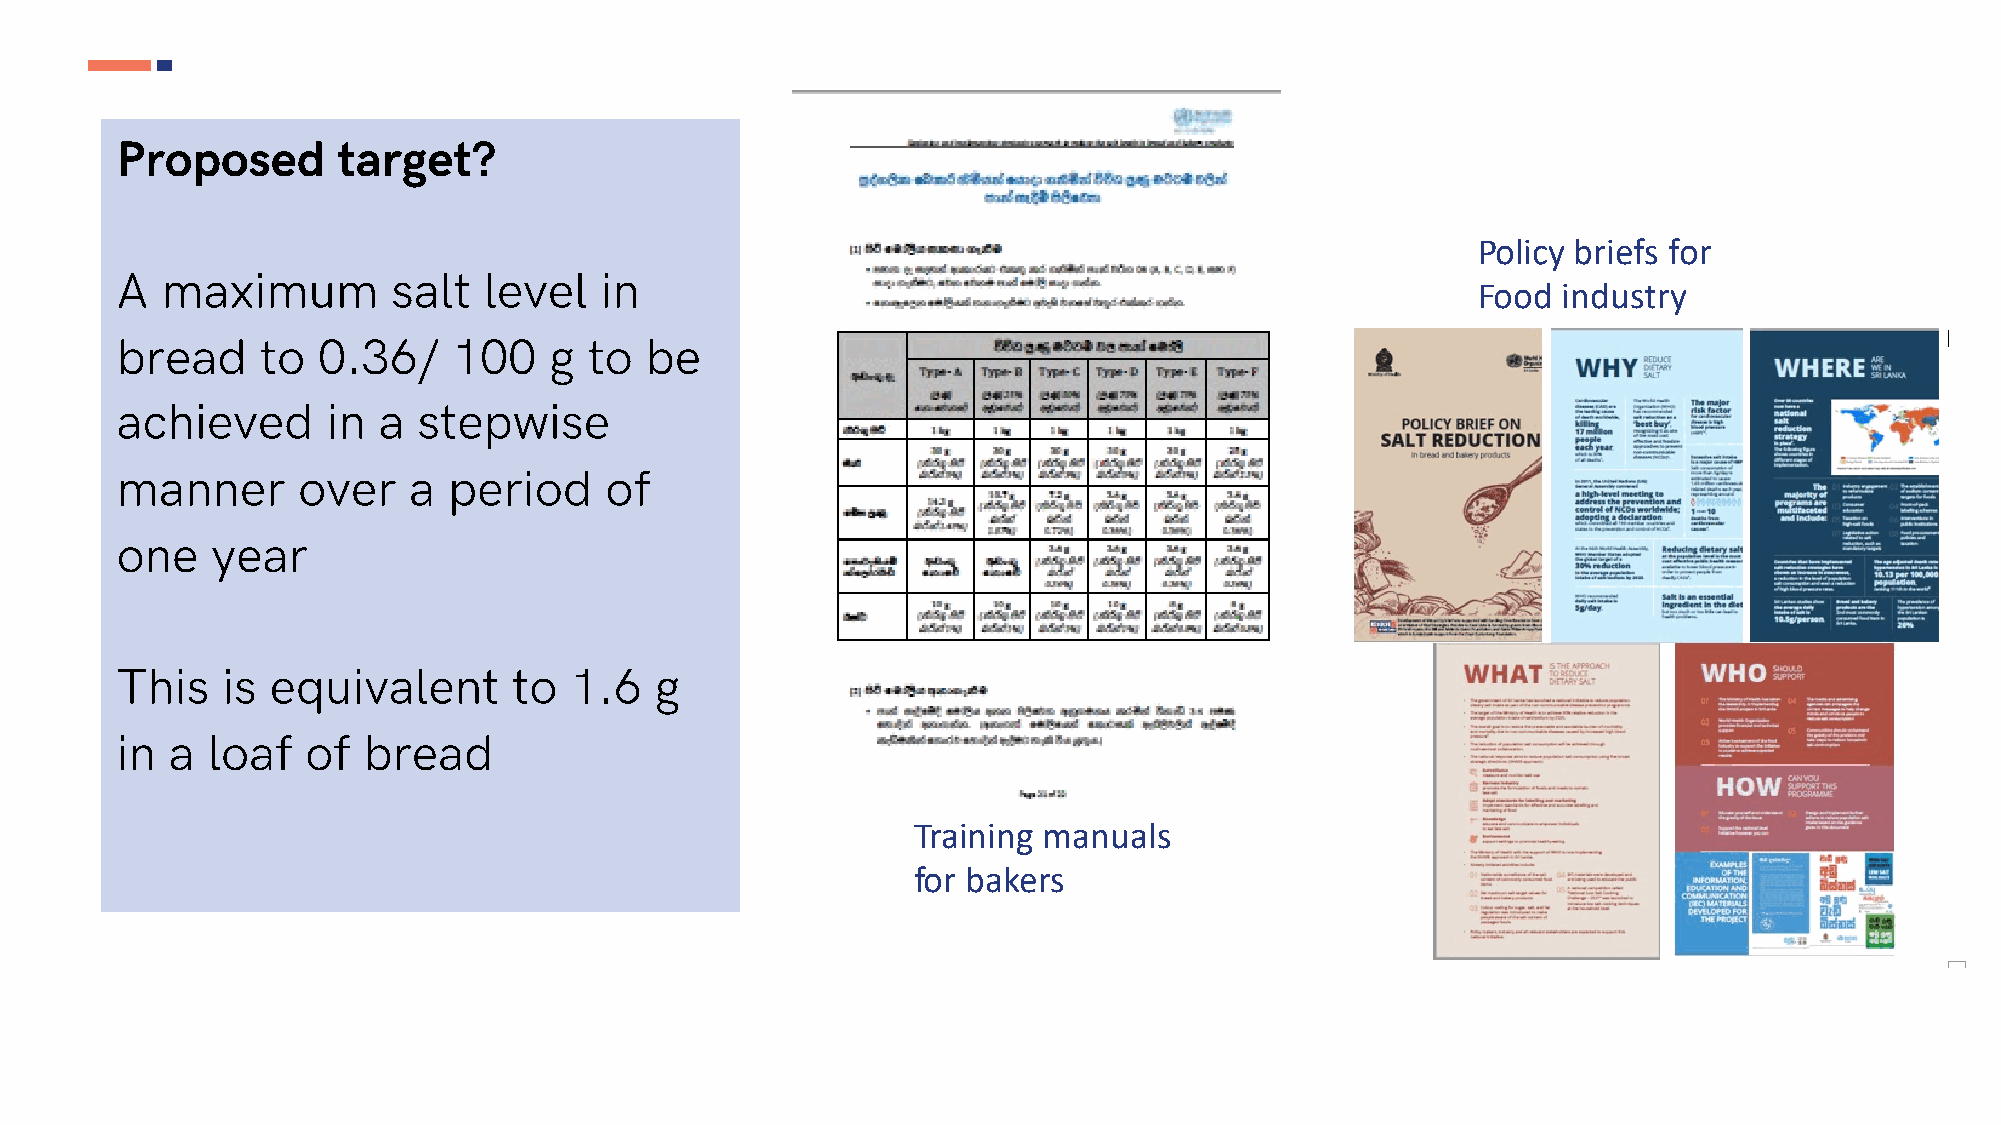
Proposed      target?
 Policy briefs for
 A  maximum        salt  level   in
 Food industry
 bread    to  0.36/    100   g  to  be
 achieved      in a  stepwise
 manner      over   a  period    of
 one   year
 This   is equivalent      to  1.6  g
 in a  loaf  of  bread
 Training manuals
 for bakers